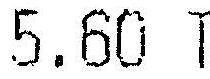
5.60 T